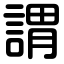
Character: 謂